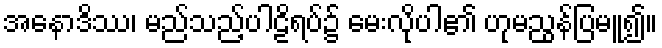
အနောဒိဿ၊ မည်သည့်ပါဠိရပ်၌ မေးလိုပါ၏ ဟုမညွန်ပြမူ၍။